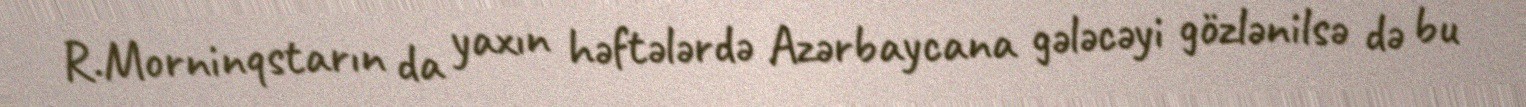
R.Morninqstarın da yaxın həftələrdə Azərbaycana gələcəyi gözlənilsə də bu